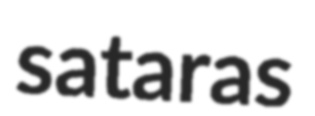
sataras